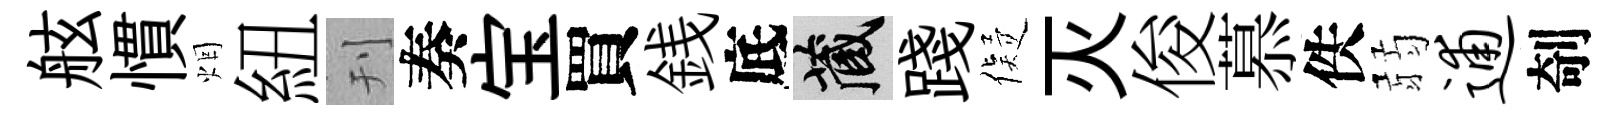
舷慣烟紐刊奏宝買銭底藏踐儗灭俊慕佚弱逋剞